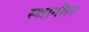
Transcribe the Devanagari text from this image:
स्थानील